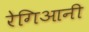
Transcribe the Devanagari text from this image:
रेगिआनी